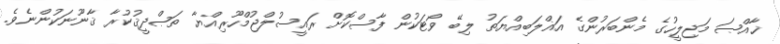
ޚާއްޞަ މަޖިލީހުގެ މެންބަރުންގެ އަޣްލަބިއްޔަތު ލިބޭ ވޯޓަކުން ފާސްކޮށް ރައީސުލްޖުމްހޫރިއްޔާ ތަޞްދީޤުކުރާ ޤާނޫނަކުންނެވެ.